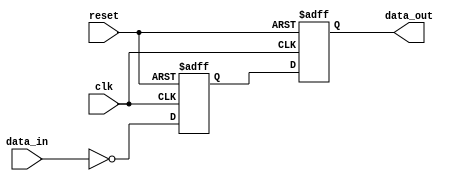
module inverter_delay (
    input clk,
    input reset,
    input data_in,
    output reg data_out
);

reg inverter_out;

always @(posedge clk or posedge reset) begin
    if (reset) begin
        inverter_out <= 1'b0;
    end else begin
        inverter_out <= ~data_in;
    end
end

// Timing control block here to introduce delay

always @(posedge clk or posedge reset) begin
    if (reset) begin
        data_out <= 1'b0;
    end else begin
        data_out <= inverter_out;
    end
end

endmodule